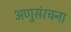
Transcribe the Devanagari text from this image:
अणुसंरचना